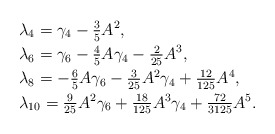
\begin{align*}&\lambda_4 = \gamma_4 - \tfrac{3}{5} A^2,\\&\lambda_6 = \gamma_6 - \tfrac{4}{5} A \gamma_4 - \tfrac{2}{25} A^3, \\&\lambda_8 = -\tfrac{6}{5} A \gamma_6 - \tfrac{3}{25} A^2 \gamma_4 + \tfrac{12}{125} A^4,\\&\lambda_{10} = \tfrac{9}{25} A^2 \gamma_6 + \tfrac{18}{125} A^3 \gamma_4 + \tfrac{72}{3125} A^5.\end{align*}